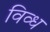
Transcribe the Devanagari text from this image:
विव्ध